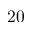
2 0